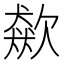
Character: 𣤛